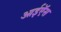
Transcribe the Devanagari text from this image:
आईऍस